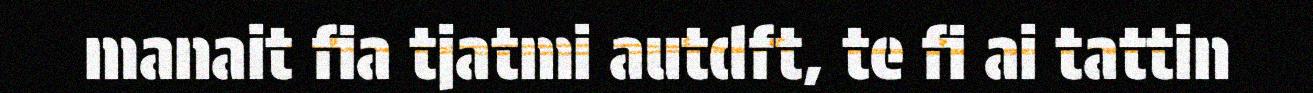
manait fia tjatmi autdft, te fi ai tattin